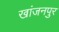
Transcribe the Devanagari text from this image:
खांजनपुर